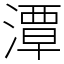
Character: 潭